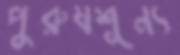
পুরুষশূন্য